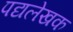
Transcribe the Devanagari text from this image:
पद्यलेखक